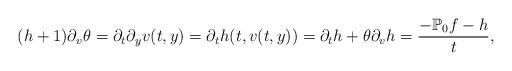
LaTeX: \begin{align*}(h+1)\partial_v\theta=\partial_t\partial_yv(t,y)=\partial_th(t,v(t,y))=\partial_th+\theta\partial_vh=\frac{-\mathbb{P}_0f-h}{t},\end{align*}